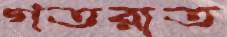
গতরাত